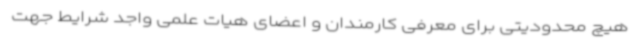
هیچ محدودیتی برای معرفی کارمندان و اعضای هیات علمی واجد شرایط جهت